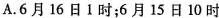
A.6月16日1时；6月15日10时